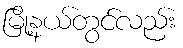
မြို့နယ်တွင်လည်း